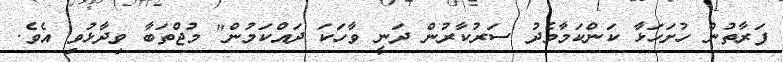
ފަރާތުން ހުށަހަޅާ ކަންކަމާމެދު ސަރުކާރުން ދަނީ ވާހަކަ ދައްކަމުން" މުޖްތަބާ ވިދާޅުވި އެވެ.